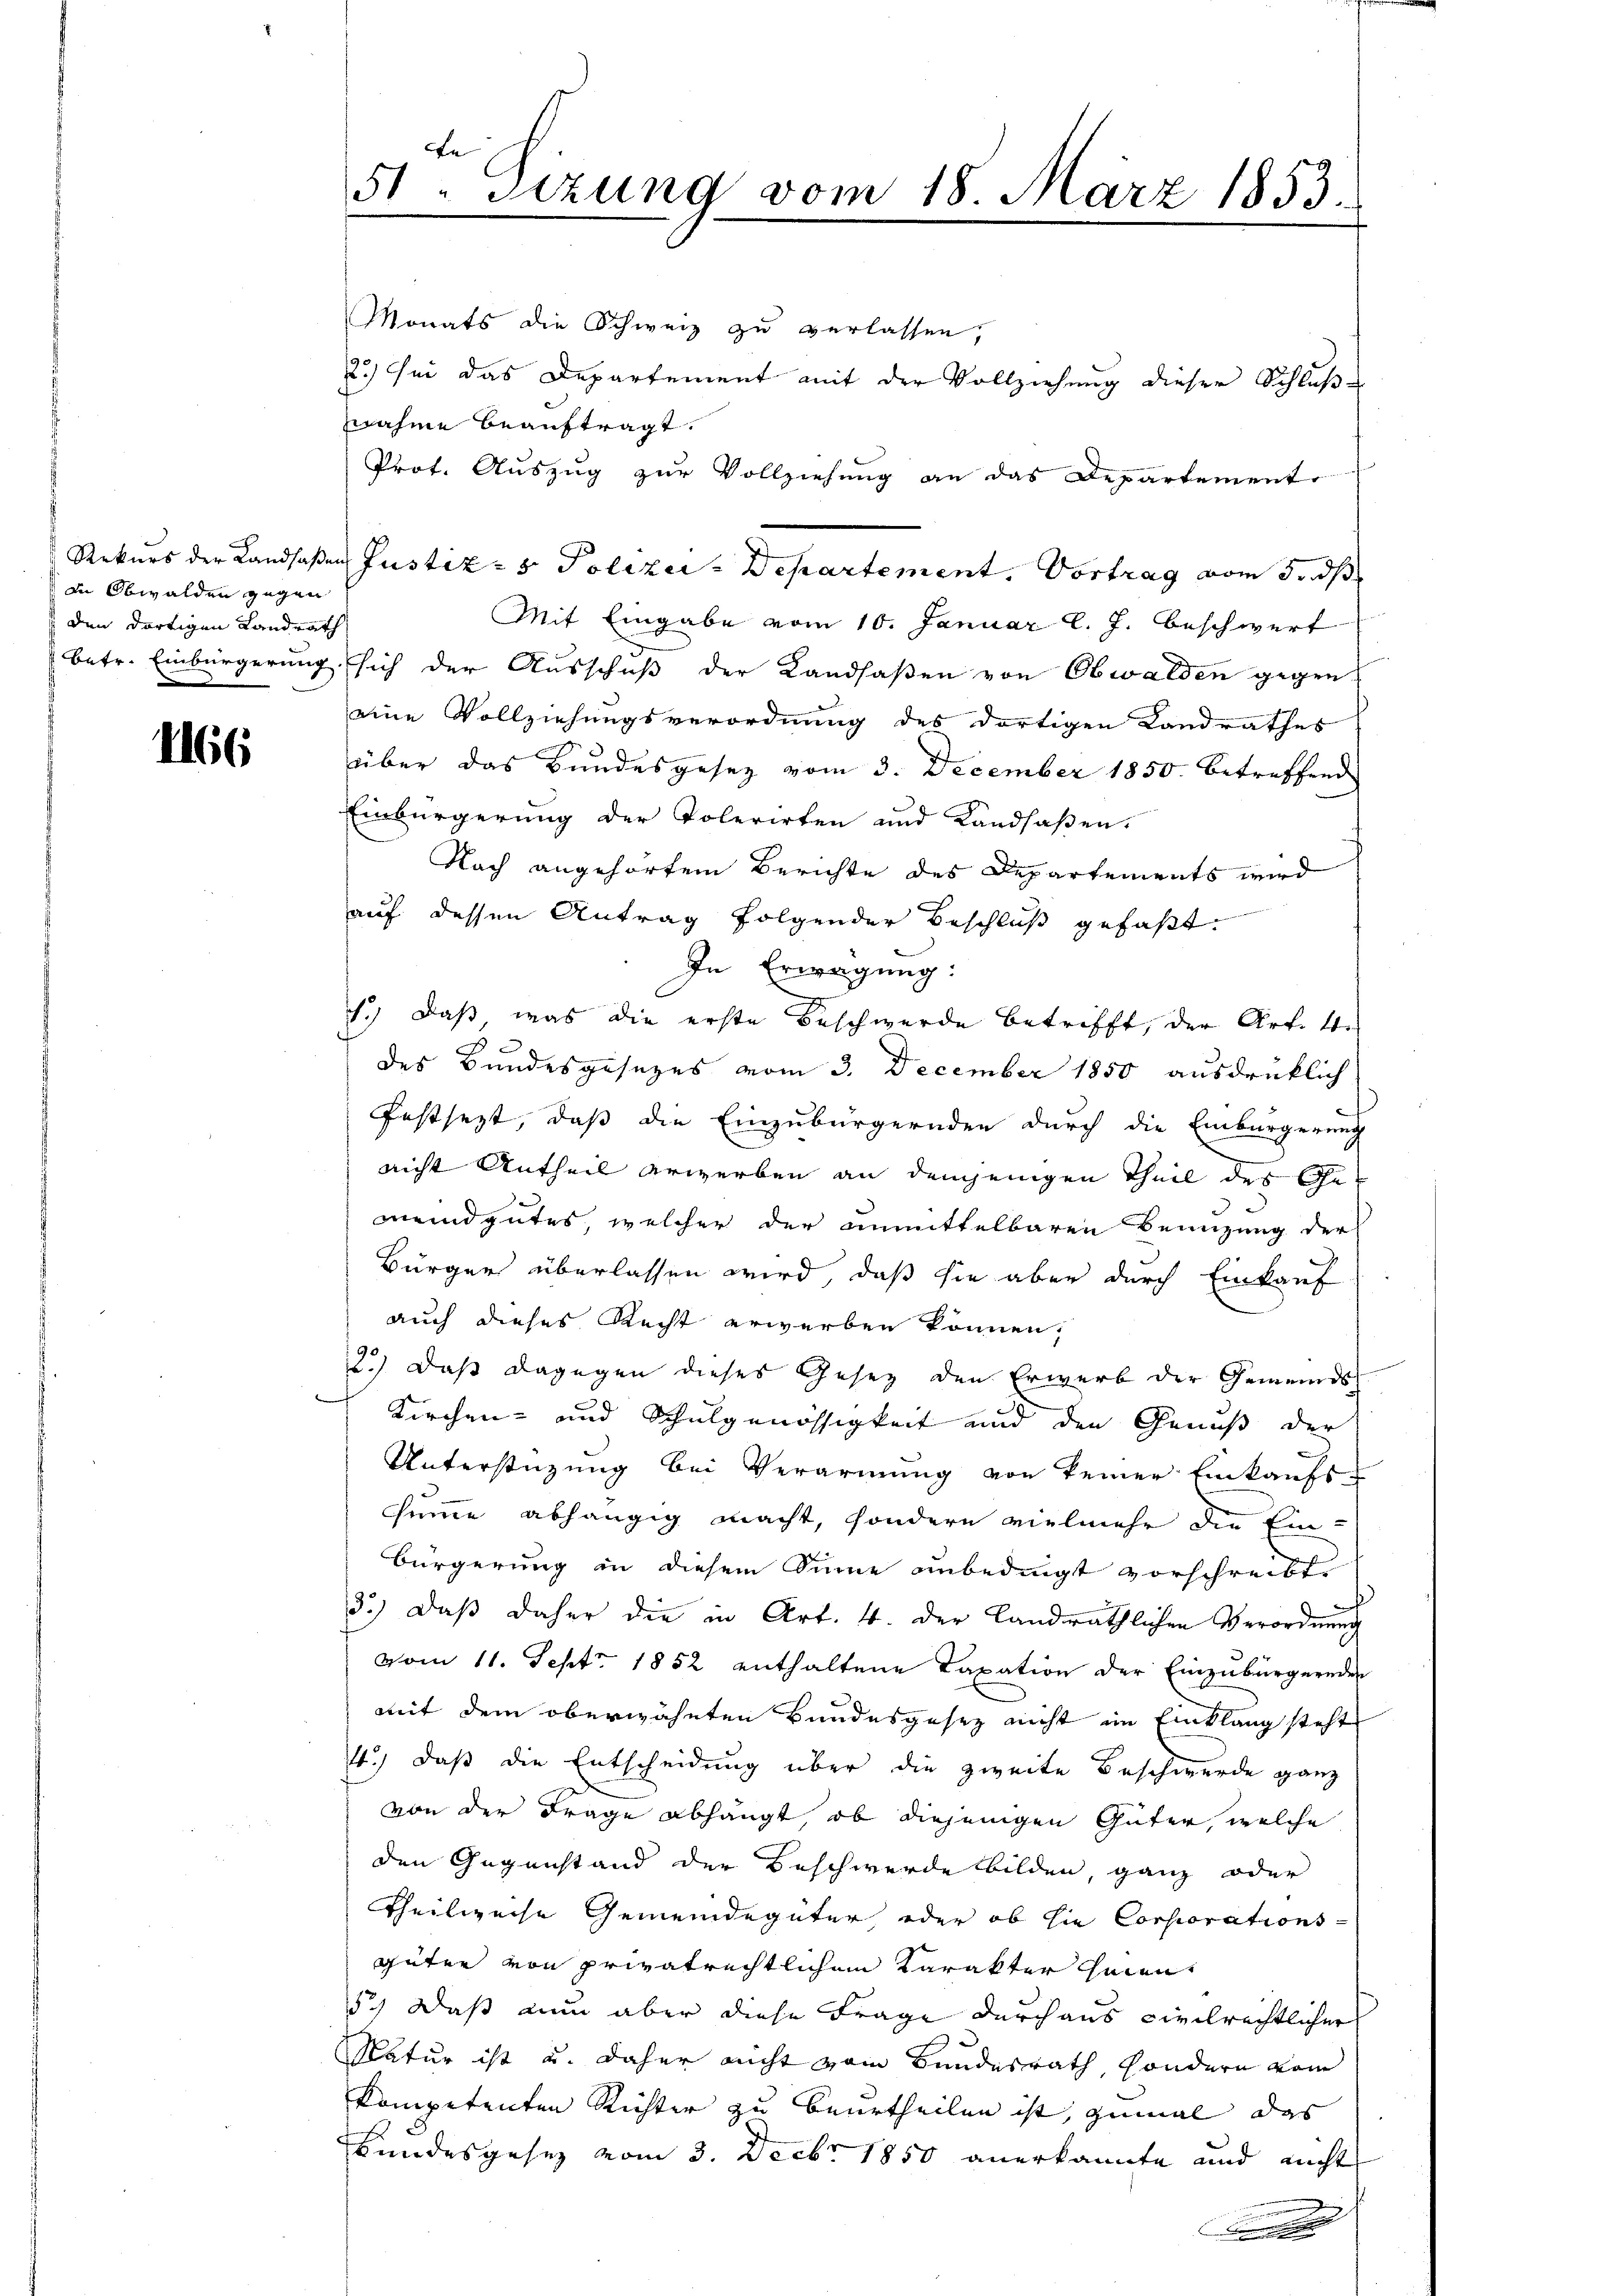
in Obwalden gegen
den dortigen Landrath,
betr. Einbürgerung

1166

e
51 sizung vom 18. März 1853.
e

Monats die Schweiz zu verlassen,
2.) Sei das Departement mit der Vollziehung dieser Schlußznahme beauftragt.
Prof. Auszug zur Vollziehung an das Departemente
Rekurs der Landsaßen Justiz- & Polizei-Departement. Vortrag vom 5. ds
Mit Eingabe vom 10. Januar l. J. beschwert
sich der Ausschuß der Landsaßen von Obwalden gegen
eine Vollziehungsverordnung des dortigen Landrathes
über das Bundesgesetz vom 3. December 1850 betreffend
Einbürgerung der Polerirten und Landsaßen,
Nach angehörtem Berichte des Departements wird
auf dessen Antrag folgender Beschluß gefaßt.
In Erwägung:
1.) Daß was die erste Beschwerde betrifft, der Art. 4.
des Bundesgesezes vom 3. December 1850 ausdrüklich
festsezt, daß die Einzubürgernden durch die Einbürgerung
nicht Antheil erwerben an demjenigen Theil des Gemeindgutes, welcher der unmittelbaren Benuzung der
Bürger überlassen wird, daß sie aber durch Einkauf
auch dieses Recht erwerben können;
2.) Daß dagegen dieses Gesetz den Erwarb der Gemeinds¬
Kirchen- und Schulgenössigkeit und den Genuß der
Unterstüzung bei Verarmung von keiner Einkaufs-
summe abhängig macht, sondern vielmehr die Ein-
Bürgerung in diesem Sinne unbedingt vorschreibt
3.) Daβ daher die in Art. 4. der Landräthlichen Verordnung
vom 11. Sept. 1852 enthaltene Taxation der Einzubürgernden
mit dem oberwähnten Bundesgesetz nicht im Einklang steht
4.) Daß die Entscheidung über die zweite Beschwerde ganz
von der Frage abhängt, ob diejenigen Güter, welche
den Gegenstand der Beschwerde bilden, ganz oder
Theilweise Gemeindegüter, oder ob sie Corporations-
güter von privatrechtlichem Karakter seien
52) Daß nun aber diese Frage durchaus civilrechtlicher
Natur ist u. daher nicht vom Bundesrath, sondern vom
kompetenten Richter zu beurtheilen ist, zumal das
Hundesgesez vom 3. Decbr 1850 anerkannte und nicht